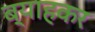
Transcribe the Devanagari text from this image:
ब्याहकर